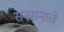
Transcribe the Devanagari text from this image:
सनसनाते